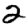
Digit: 2